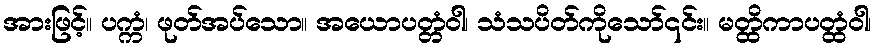
အားဖြင့်။ ပက္ကံ၊ ဖုတ်အပ်သော။ အယောပတ္တံဝါ၊ သံသပိတ်ကိုသော်၎င်း။ မတ္ထိကာပတ္ထံဝါ၊